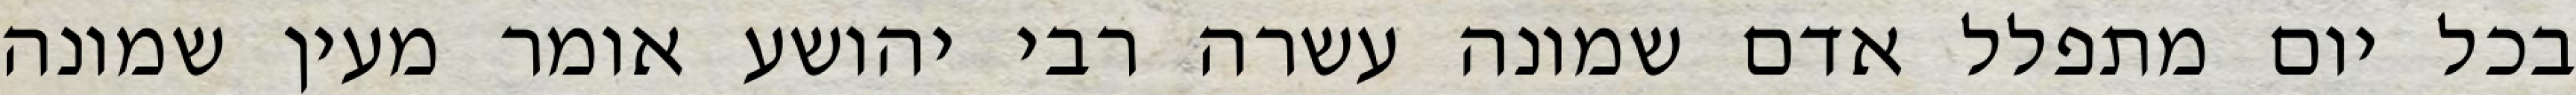
בכל יום מתפלל אדם שמונה עשרה רבי יהושע אומר מעין שמונה